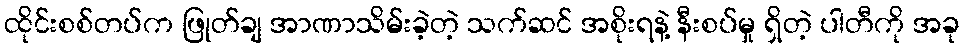
ထိုင်းစစ်တပ်က ဖြုတ်ချ အာဏာသိမ်းခဲ့တဲ့ သက်ဆင် အစိုးရနဲ့ နီးစပ်မှု ရှိတဲ့ ပါတီကို အခု